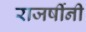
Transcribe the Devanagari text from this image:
राजर्षीनी